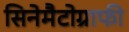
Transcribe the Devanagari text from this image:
सिनेमैटोग्राफी